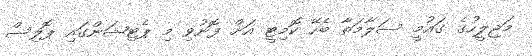
މަޖިލީހުގެ ގައުމީ ސަލާމަތާ ބެހޭ ކޮމިޓީ އަށް ފޮނުވި މި ޕެޓިޝަންގައި ޕޮލިސް